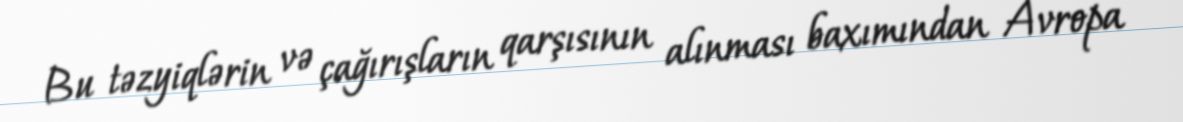
Bu təzyiqlərin və çağırışların qarşısının alınması baxımından Avropa